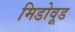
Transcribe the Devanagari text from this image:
मिडोवूड